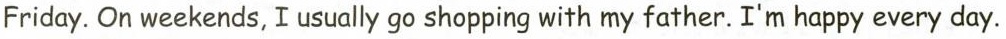
Friday. On weekends, I usually go shopping with my father. I'm happy every day.